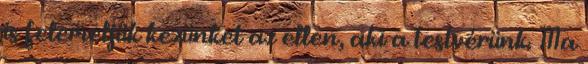
is felemeljük kezünket az ellen, aki a testvérünk. Ma